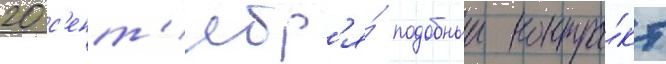
20 с'ент'ябр'я́ подобныи контра́кт